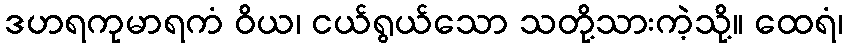
ဒဟရကုမာရကံ ဝိယ၊ ငယ်ရွယ်သော သတို့သားကဲ့သို့။ ထေရံ၊